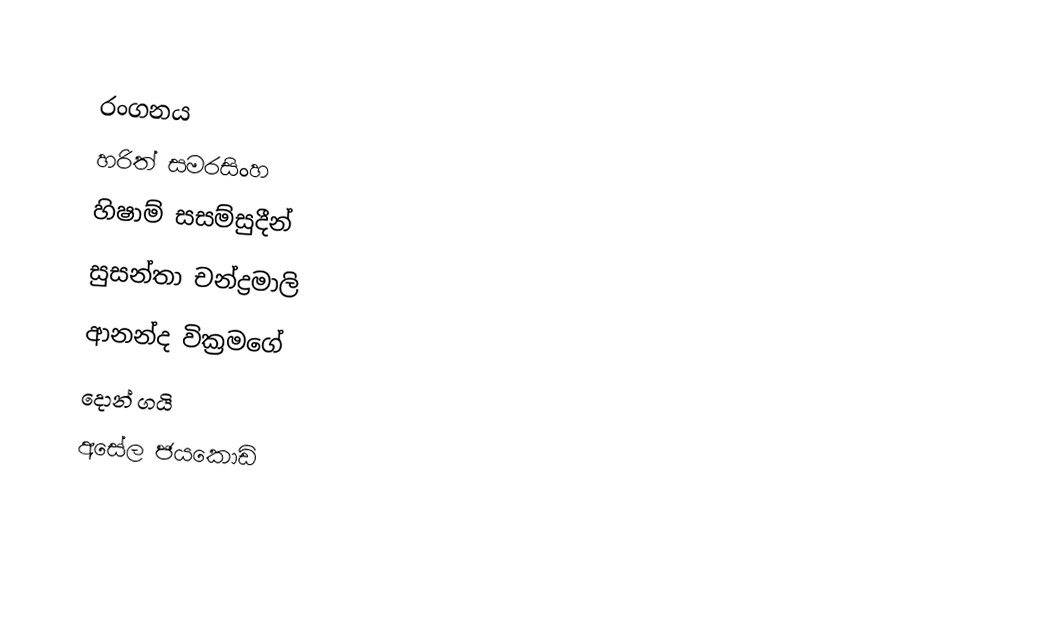

රංගනය
හරිත් සමරසිංහ
හිෂාම් සසම්සුදීන්
සුසන්තා චන්ද්‍රමාලි
ආනන්ද වික්‍රමගේ
දොන් ගයි
අසේල ජයකොඩි